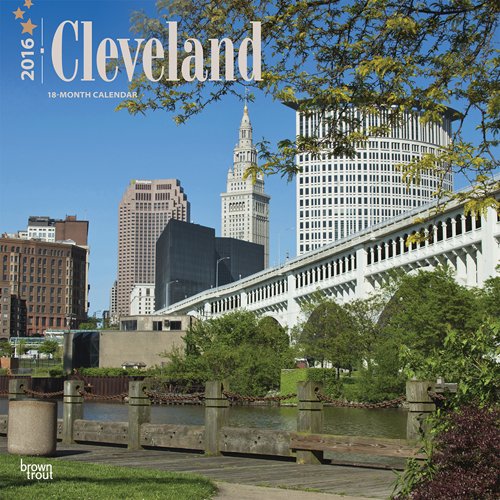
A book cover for Cleveland 2016 Square 12x12; Browntrout Publishers; Travel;